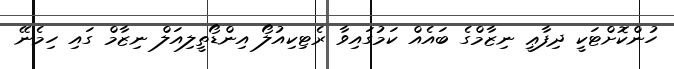
ހުންކޮށްޓަކީ ދިފާޢީ ނިޒާމްގެ ބައެއް ކަމުގައިވާ ރެޓިކިއުލޯ އިންޑޯތީލިއަލް ނިޒާމް ގައި ހިމެނޭ